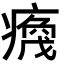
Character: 𬏻